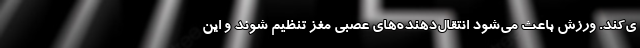
ی‌کند. ورزش باعث می‌شود انتقال‌دهنده‌های عصبی مغز تنظیم شوند و این